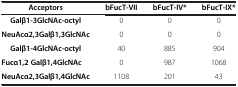
| Acceptors | bFucT-VII | bFucT-IV* | bFucT-IX* |
 | --- | --- | --- | --- |
 | Galβ1-3GlcNAc-octyl | 0 | 0 | 0 |
 | NeuAcα2,3Galβ1,3GlcNAc | 0 | 0 | 0 |
 | Galβ1-4GlcNAc-octyl | 40 | 885 | 904 |
 | Fucα1,2 Galβ1,4GlcNAc | 0 | 987 | 1068 |
 | NeuAcα2,3Galβ1,4GlcNAc | 1108 | 201 | 43 |